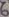
Text: 6